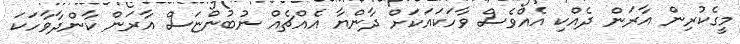
މީގެކުރިން އާރަން ދެއްކި އެއްވެސް ވާހަކައަކަށް ދާންޔާ އެއްޗެއް ނުބުންޏަސް އާރަން ކާންދާވާހަކަ